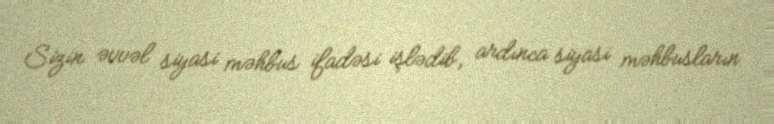
Sizin əvvəl siyasi məhbus ifadəsi işlədib, ardınca siyasi məhbusların